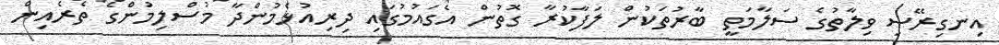
އިނގިރޭސި ވިލާތުގެ ސަލާމަތީ ބާރުތަކުން ލަފާކުރާ ގޮތުން އެގައުމުގައި ދިރިއުޅެމުންދާ މުސްލިމުންގެ ތެރެއިން